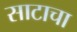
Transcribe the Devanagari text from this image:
साटाचा